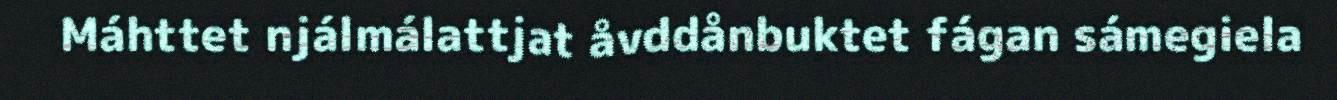
Máhttet njálmálattjat åvddånbuktet fágan sámegiela